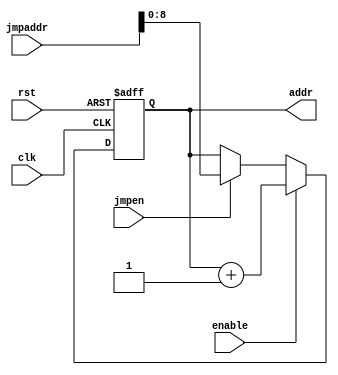
module program_counter(clk, rst,enable, addr,jmpen, jmpaddr); //similar to my_reg, but increments output if enable 
	input clk, rst, enable, jmpen;
	input [15:0] jmpaddr;
	output reg [8:0] addr;
	reg q;
	reg d;
	initial begin
		addr = 9'b000000000;
	end
	always@(clk) begin 
		q <= clk;
	end
	always@(q) begin
		d <= q;
	end
	always@(posedge d or posedge rst) begin
		if(rst) addr = 9'b00000;
		else if(enable) addr = addr + 9'b00001;
		else if(jmpen) addr = jmpaddr[8:0];
		else addr = addr;
	end
	
endmodule